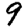
Digit: 9